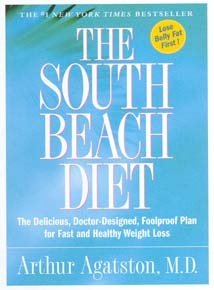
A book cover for The South Beach Diet Book 54646; Health, Fitness & Dieting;